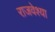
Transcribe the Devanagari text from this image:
राजवेश्या